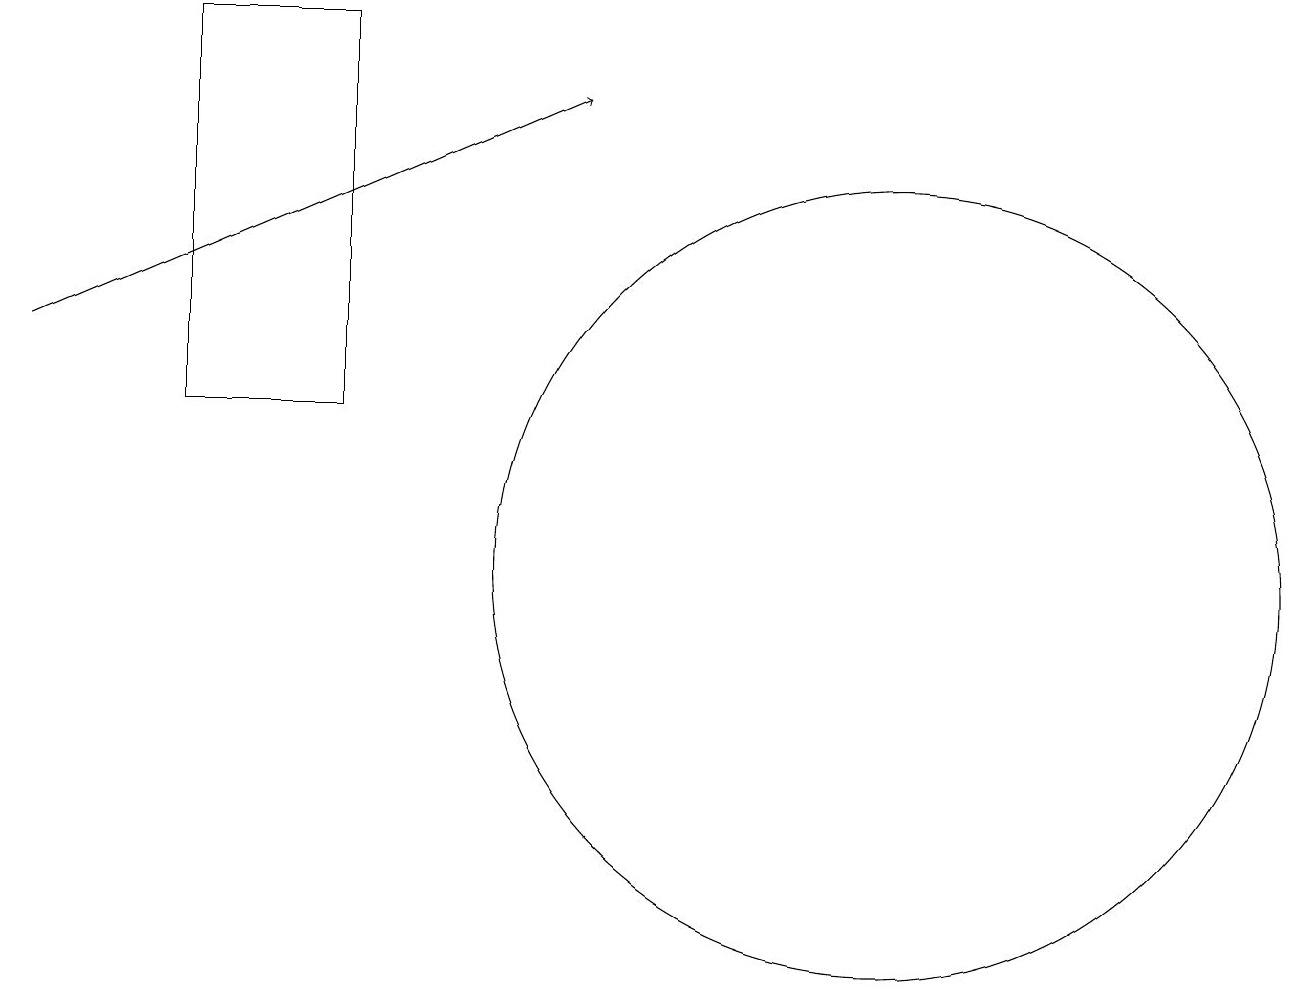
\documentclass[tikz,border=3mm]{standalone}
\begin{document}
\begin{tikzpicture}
\draw (2,12) rectangle (4,17);
\draw[->] (0,13) -- (7,16);
\draw (11,10) circle (5);
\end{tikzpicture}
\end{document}